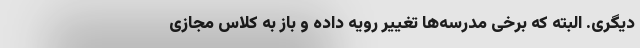
دیگری. البته که برخی مدرسه‌ها تغییر رویه داده و باز به کلاس مجازی